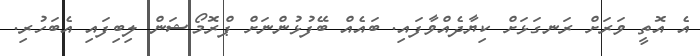
އެ އޮތީ ވަރަށް ރަނގަޅަށް ކިޔާދެއްވާފައި. ބައެއް ބޭފުޅުންނަށް ޕްރޮމޯޝަން ލިބިފައި އެބަހުރި.